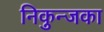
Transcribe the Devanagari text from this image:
निकुन्जका